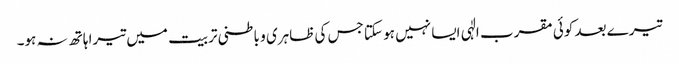
تیرے بعد کوئی مقرب الٰہی ایسا نہیں ہو سکتا جس کی ظاہری و باطنی تربیت میں تیرا ہاتھ نہ ہو۔